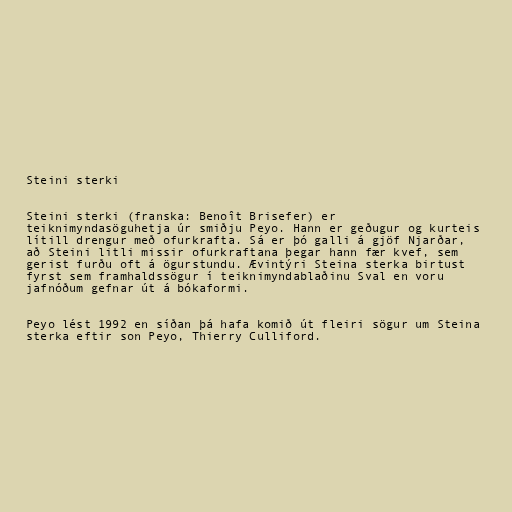
Steini sterki

Steini sterki (franska: Benoît Brisefer) er
teiknimyndasöguhetja úr smiðju Peyo. Hann er geðugur og kurteis
lítill drengur með ofurkrafta. Sá er þó galli á gjöf Njarðar,
að Steini litli missir ofurkraftana þegar hann fær kvef, sem
gerist furðu oft á ögurstundu. Ævintýri Steina sterka birtust
fyrst sem framhaldssögur í teiknimyndablaðinu Sval en voru
jafnóðum gefnar út á bókaformi.

Peyo lést 1992 en síðan þá hafa komið út fleiri sögur um Steina
sterka eftir son Peyo, Thierry Culliford.